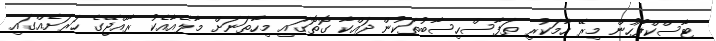
ޓާސްކްފޯހުން މިރޭ ހާމަކުރި ތަފާސްހިސާބުތަކުން ދައްކާ ގޮތޮގައި މިހާތަނަށް މާލެއާއެކު ރާއްޖޭގެ ހަރަށެއްގައި